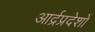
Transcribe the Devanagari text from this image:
आर्द्रप्रदेशों